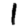
Digit: 1